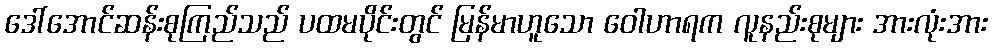
ဒေါ်အောင်ဆန်းစုကြည်သည် ပထမပိုင်းတွင် မြန်မာဟူသော ဝေါဟာရက လူနည်းစုများ အားလုံးအား